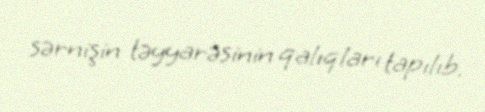
sərnişin təyyarəsinin qalıqları tapılıb.